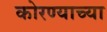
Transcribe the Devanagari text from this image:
कोरण्याच्या